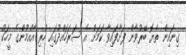
ގިނައިން ތެޔޮ ބޭރުވާން ފަށާފައިވާ ކަމަށް އެ ސަރަހައްދުގައި ހުރި އާއްމުންގެ މީހަކު